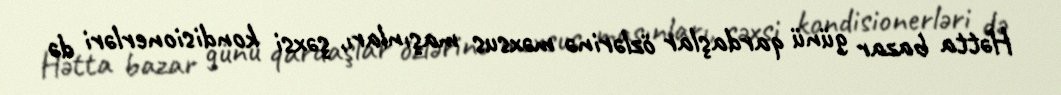
Hətta bazar günü qardaşlar özlərinə məxsus maşınları, şəxsi kondisionerləri də